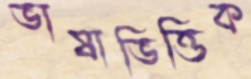
ভাষাভিত্তিক